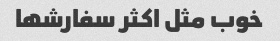
خوب مثل اکثر سفارشها